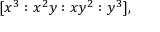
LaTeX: [ x ^ { 3 } : x ^ { 2 } y : x y ^ { 2 } : y ^ { 3 } ] ,